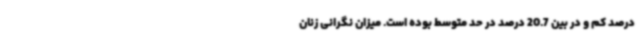
درصد کم و در بین 20.7 درصد در حد متوسط بوده است. میزان نگرانی زنان